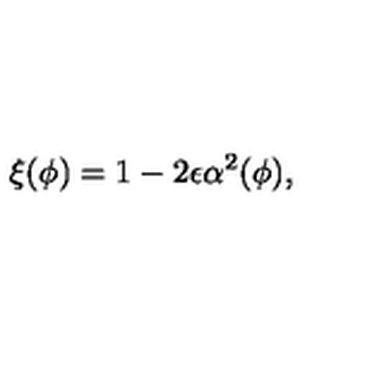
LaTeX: \xi ( \phi ) = 1 - 2 \epsilon \alpha ^ { 2 } ( \phi ) ,